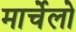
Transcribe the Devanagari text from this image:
मार्चेलो